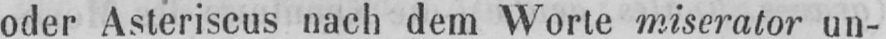
oder Asteriscus nach dem Worte miserator un-